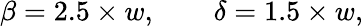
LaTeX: \beta=2.5\times w,\qquad\delta=1.5\times w,